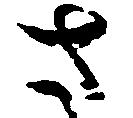
さ